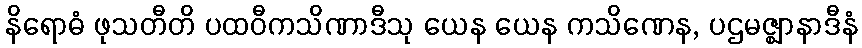
နိရောဓံ ဖုသတီတိ ပထဝီကသိဏာဒီသု ယေန ယေန ကသိဏေန, ပဌမဇ္ဈာနာဒီနံ